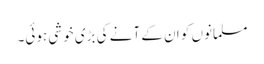
مسلمانوں کو ان کے آنے کی بڑی خوشی ہوئی۔